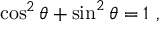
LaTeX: \cos ^ { 2 } \theta + \sin ^ { 2 } \theta = 1 \ ,